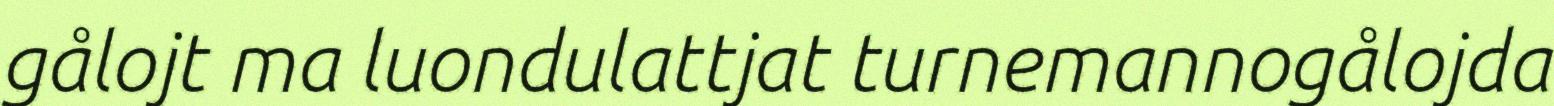
gålojt ma luondulattjat turnemannogålojda